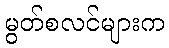
မွတ်စလင်များက